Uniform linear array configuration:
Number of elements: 24
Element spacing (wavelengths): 1
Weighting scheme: hann
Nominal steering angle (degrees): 15
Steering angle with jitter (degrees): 15.844
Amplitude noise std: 0.05
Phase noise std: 0.05

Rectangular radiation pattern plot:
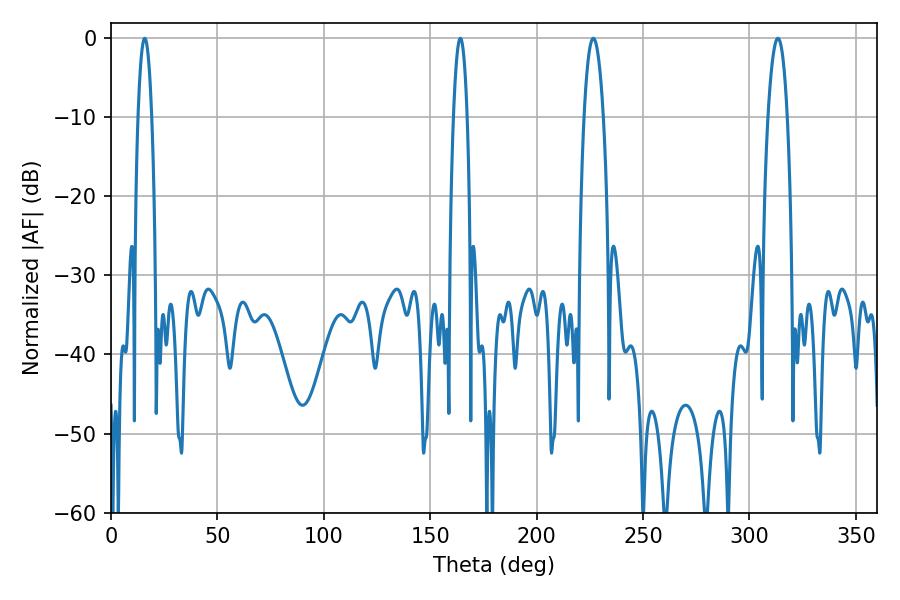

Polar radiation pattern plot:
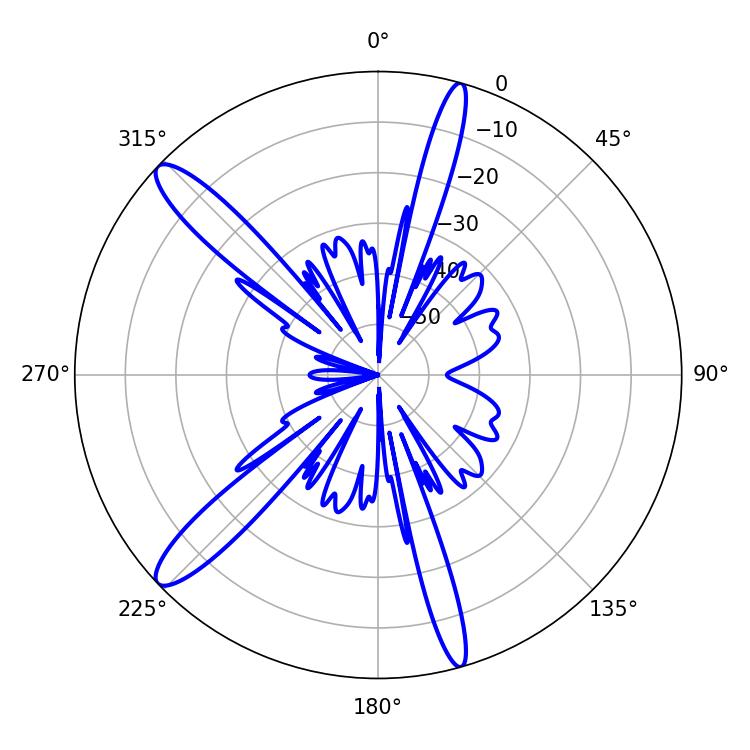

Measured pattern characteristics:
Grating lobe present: TRUE
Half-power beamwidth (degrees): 5.04
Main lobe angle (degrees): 226.62